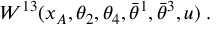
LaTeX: W ^ { 1 3 } ( x _ { A } , \theta _ { 2 } , \theta _ { 4 } , \bar { \theta } ^ { 1 } , \bar { \theta } ^ { 3 } , u ) \; .